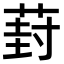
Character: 葑